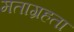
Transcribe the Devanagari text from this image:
मताग्रहता